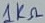
Text: 1KΩ